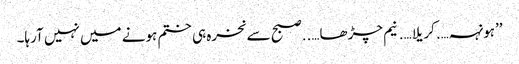
’’ہونہہ….کریلا….نیم چڑھا…..صبح سے نخرہ ہی ختم ہونے میں نہیں آرہا۔